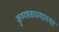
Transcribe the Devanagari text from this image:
कृष्णकाव्याच्या